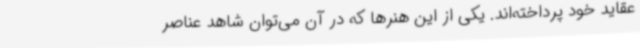
عقاید خود پرداخته‌اند. یکی از این هنرها که در آن می‌توان شاهد عناصر